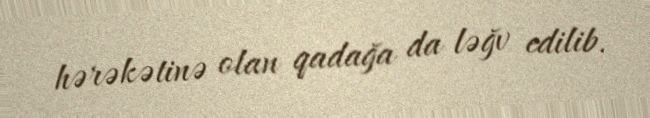
hərəkətinə olan qadağa da ləğv edilib.